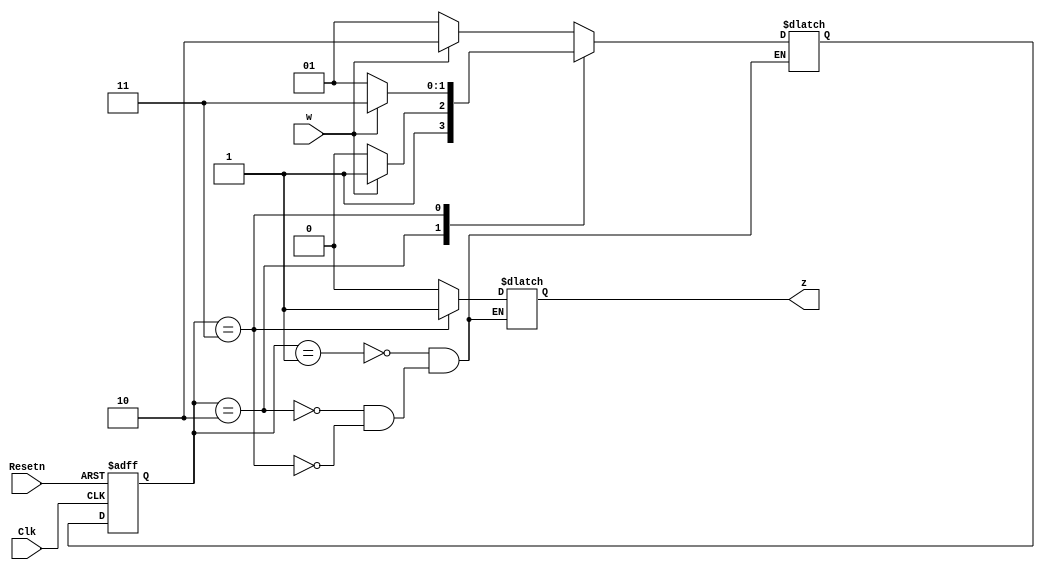
module FSMSimple(w,Resetn,Clk,z);

input w,Clk,Resetn;
output reg z;
reg [1:0]currSt;
reg [1:0]nextSt;
parameter [1:0] A = 2'b01, B = 2'b10 , C = 2'b11;

initial 
begin
	currSt = A;
end 

always @ (*)
begin
	case(currSt)
		A:
		begin
			z = 1'b0;
			
			if (w) begin
			nextSt = B ;
			
			end else begin 
				nextSt = A; 
			end	
		end
		B:
		begin
			z = 1'b0;
			
			if (w) begin
				nextSt = C;
			end else begin
				nextSt = B;
			end
		end
		C:
		begin
			z = 1'b1;
			
			if(w) begin
				nextSt = C;
			end else begin
				nextSt = A;
			end
		end
	endcase
end

always@(posedge Clk or negedge Resetn)
begin
	if (!Resetn) begin
		currSt <= A;
	end else begin
		currSt <= nextSt;
	end
end

endmodule